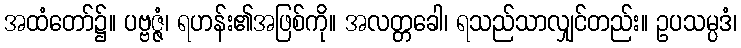
အထံတော်၌။ ပဗ္ဗဇ္ဇံ၊ ရဟန်း၏အဖြစ်ကို။ အလတ္တခေါ၊ ရသည်သာလျှင်တည်း။ ဥပသမ္ပဒံ၊